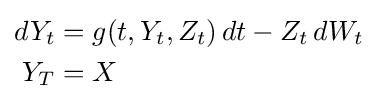
{\begin{aligned}dY_{t}&=g(t,Y_{t},Z_{t})\,dt-Z_{t}\,dW_{t}\\Y_{T}&=X\end{aligned}}